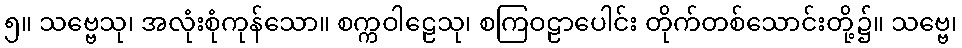
၅။ သဗ္ဗေသု၊ အလုံးစုံကုန်သော။ စက္ကဝါဠေသု၊ စကြဝဠာပေါင်း တိုက်တစ်သောင်းတို့၌။ သဗ္ဗေ၊